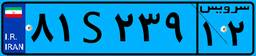
۸۱S۲۳۹۱۲